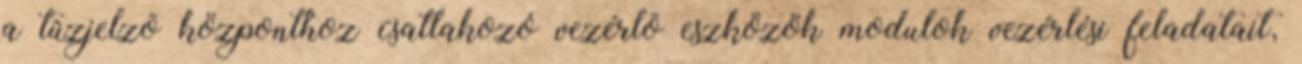
a tûzjelzõ központhoz csatlakozó vezérlõ eszközök modulok vezérlési feladatait,